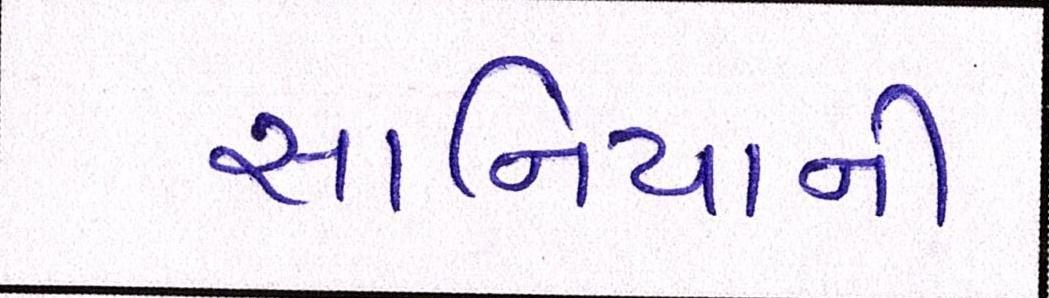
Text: સાનિયાની